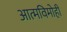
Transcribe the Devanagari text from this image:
आत्मविमोही